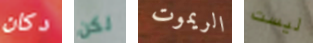
دكان لكن الريموت ليست